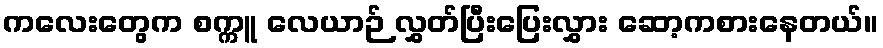
ကလေးတွေက စက္ကူ လေယာဉ် လွှတ်ပြီးပြေးလွှား ဆော့ကစားနေတယ်။